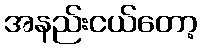
အနည်းငယ်တော့